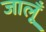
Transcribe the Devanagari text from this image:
जालूँ